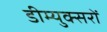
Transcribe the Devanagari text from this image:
डीम्युक्सरों